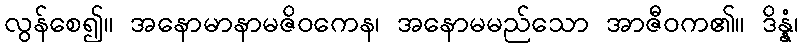
လွန်စေ၍။ အနောမာနာမဇိဝကေန၊ အနောမမည်သော အာဇီဝက၏။ ဒိန္နံ၊